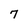
Character: 7